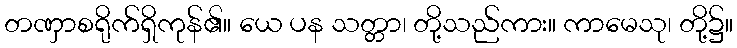
တဏှာစရိုက်ရှိကုန်၏။ ယေ ပန သတ္တာ၊ တို့သည်ကား။ ကာမေသု၊ တို့၌။